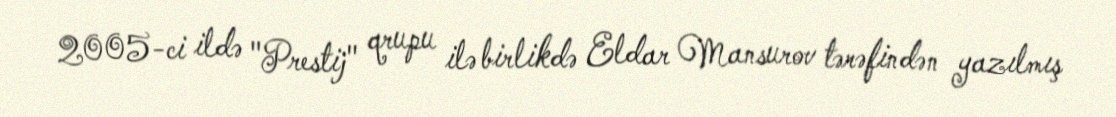
2005-ci ildə "Prestij" qrupu ilə birlikdə Eldar Mansurov tərəfindən yazılmış